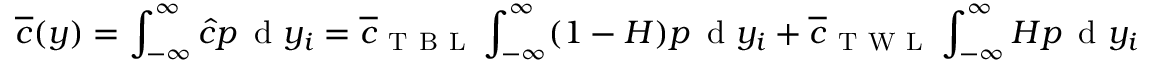
\overline { { c } } ( y ) = \int _ { - \infty } ^ { \infty } \hat { c } p \, \mathrm { ~ d ~ } y _ { i } = \overline { { c } } _ { \mathrm { ~ T ~ B ~ L ~ } } \int _ { - \infty } ^ { \infty } ( 1 - H ) p \, \mathrm { ~ d ~ } y _ { i } + \overline { { c } } _ { \mathrm { ~ T ~ W ~ L ~ } } \int _ { - \infty } ^ { \infty } H p \, \mathrm { ~ d ~ } y _ { i }